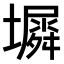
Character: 𫮵